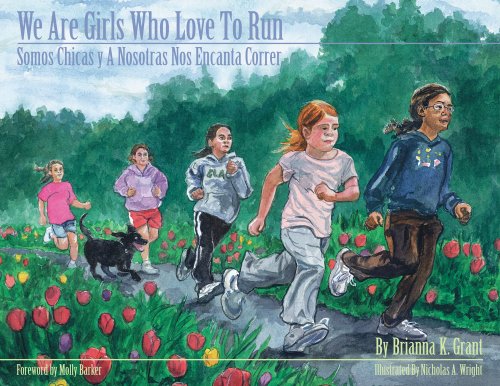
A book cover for We Are Girls Who Love to Run / Somos Chicas Y a Nosotras Nos Encanta Correr (We Are Girls) (We Are Girls) (English and Spanish Edition); Brianna K. Grant; Children's Books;